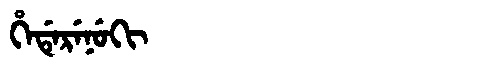
Manchu: ᡥᡝᡩᡝᡵᡝᠨᡠᡴᡳ
Romanization: HEDERENUKI